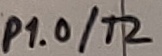
Text: P1.0/T2